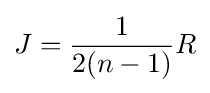
J={\frac {1}{2(n-1)}}R